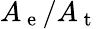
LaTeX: A_{\mathrm{~e~}}/A_{\mathrm{~t~}}